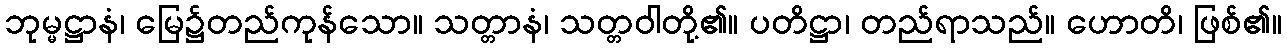
ဘုမ္မဋ္ဌာနံ၊ မြေ၌တည်ကုန်သော။ သတ္တာနံ၊ သတ္တဝါတို့၏။ ပတိဋ္ဌာ၊ တည်ရာသည်။ ဟောတိ၊ ဖြစ်၏။